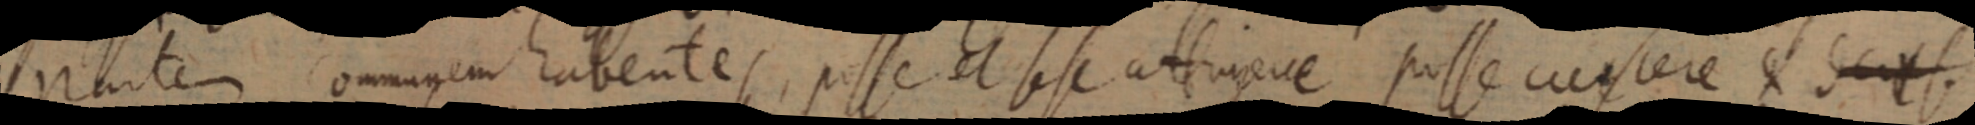
partem communem habentes, posse et sese attrique posse custere dcit